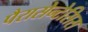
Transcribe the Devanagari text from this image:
पैरासेन्टेसिस